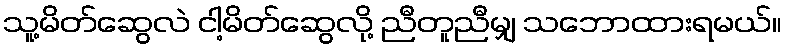
သူ့မိတ်ဆွေလဲ ငါ့မိတ်ဆွေလို့ ညီတူညီမျှ သဘောထားရမယ်။